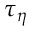
\tau _ { \eta }